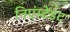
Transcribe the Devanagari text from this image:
निएंस्टेडट